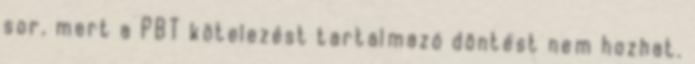
sor, mert a PBT kötelezést tartalmazó döntést nem hozhat.